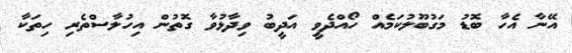
އޭނާ އެހާ ބޮޑު މަގުބޫލުކަމެއް ހޯއްދެވީ އަދީބު ވިދާޅުވާ ގޮތުން އިހުލާސްތެރި ހިތަކާ